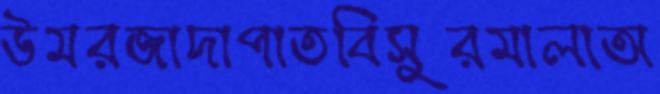
উমরজাদাপাতবিসুরমালাঅ